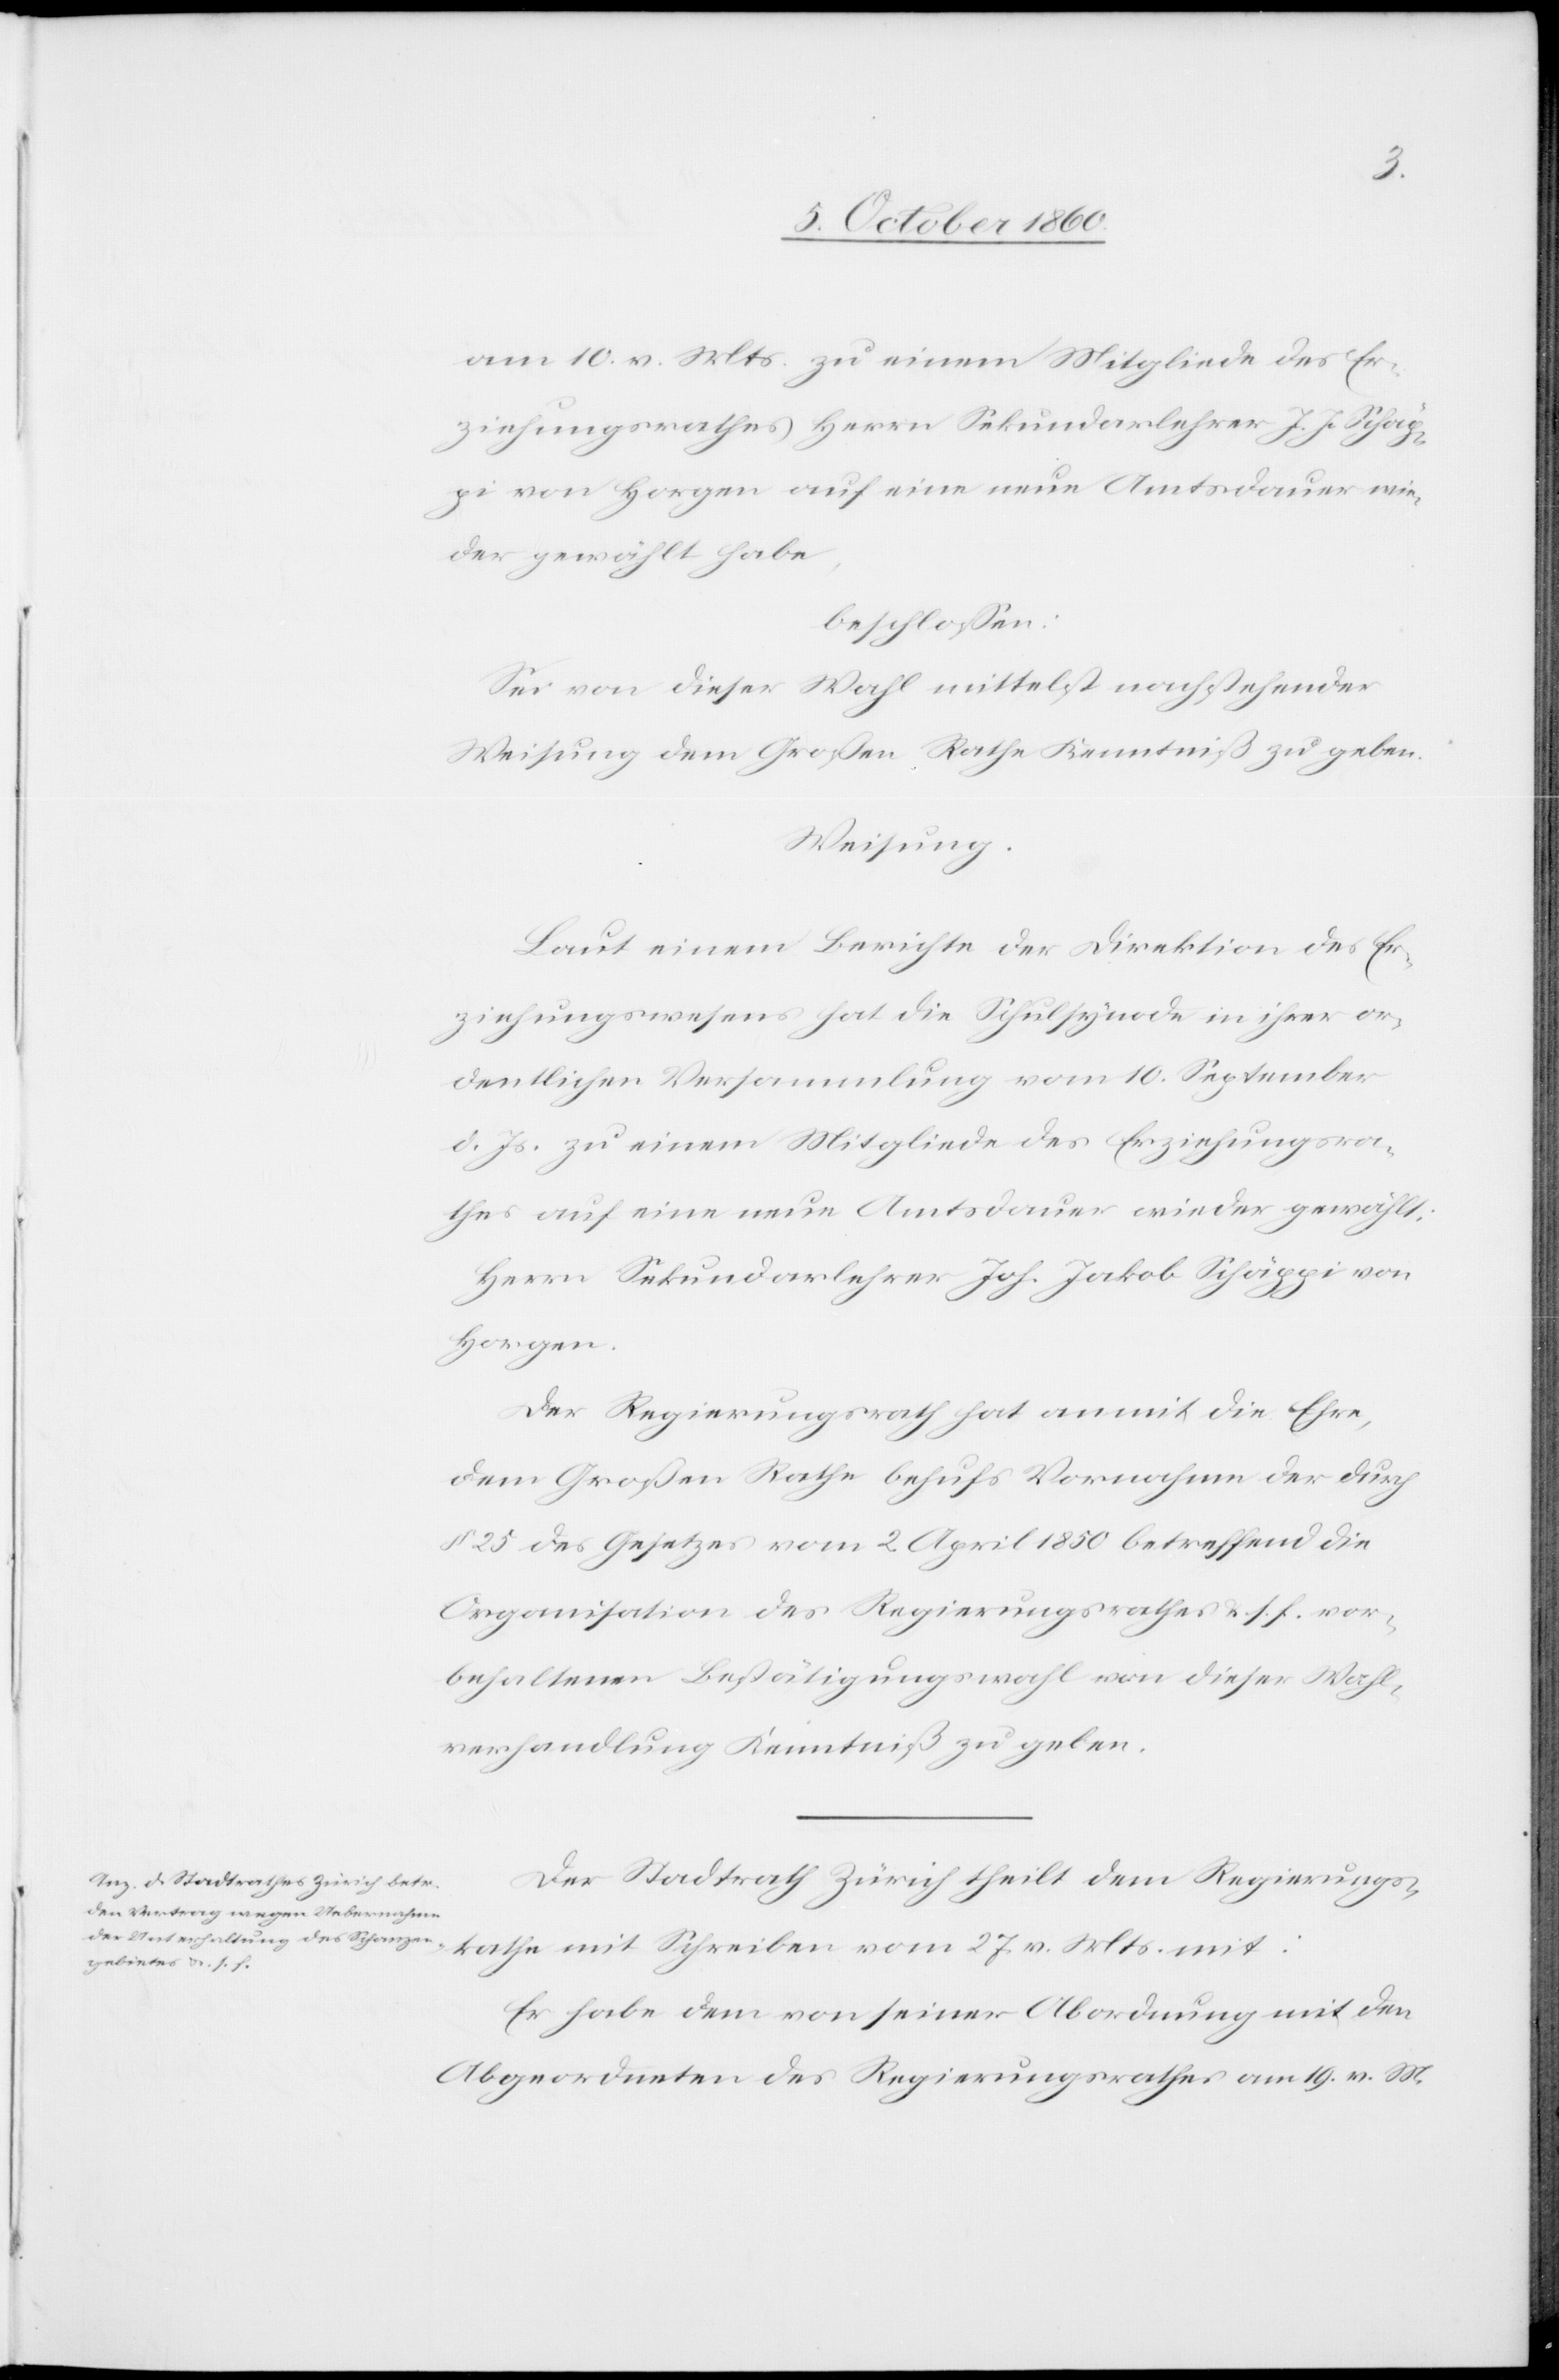
am 10. v. Mts. zu einem Mitgliede des Er¬
ziehungsrathes Herrn Sekundarlehrer J. J. Schäp¬
pi von Horgen auf eine neue Amtsdauer wie¬
der gewählt habe,
beschlossen:
Sei von dieser Wahl mittelst nachstehender
Weisung dem Großen Rathe Kenntniß zu geben.
Weisung.
Laut einem Berichte der Direktion des Er¬
ziehungswesens hat die Schulsynode in ihrer or¬
dentlichen Versammlung vom 10. September
d. Js. zu einem Mitgliede des Erziehungsra¬
thes auf eine neue Amtsdauer wieder gewählt:
Herrn Sekundarlehrer Joh. Jakob Schäppi von
Horgen.
Der Regierungsrath hat anmit die Ehre,
dem Großen Rathe behufs Vornahme der durch
§. 25 des Gesetzes vom 2. April 1850 betreffend die
Organisation des Regierungsrathes u. s. f. vor¬
behaltenen Bestätigungswahl von dieser Wahl¬
verhandlung Kenntniß zu geben.
Der Stadtrath Zürich theilt dem Regierungs¬
rathe mit Schreiben vom 27. v. Mts. mit:
Er habe dem von seiner Abordnung mit den
Abgeordneten des Regierungsrathes am 19. v. Mts.